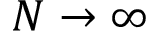
N \to \infty